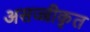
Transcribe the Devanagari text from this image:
असज्जीकृत